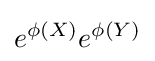
e^{\phi (X)}e^{\phi (Y)}